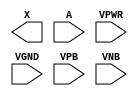
module sky130_fd_sc_hvl__probec_p (
    X   ,
    A   ,
    VPWR,
    VGND,
    VPB ,
    VNB
);

    output X   ;
    input  A   ;
    input  VPWR;
    input  VGND;
    input  VPB ;
    input  VNB ;
endmodule